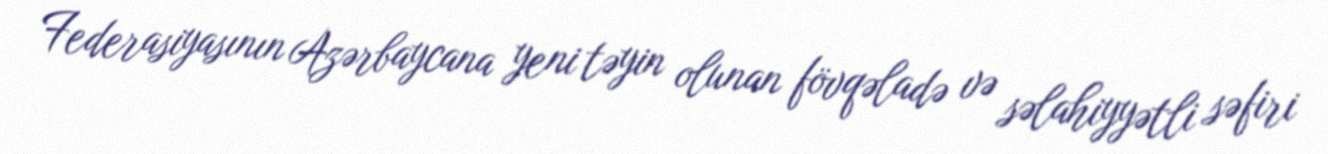
Federasiyasının Azərbaycana yeni təyin olunan fövqəladə və səlahiyyətli səfiri